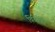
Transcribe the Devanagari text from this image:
विदेहेति